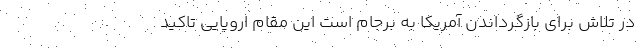
در تلاش برای بازگرداندن آمریکا به برجام است این مقام اروپایی تاکید